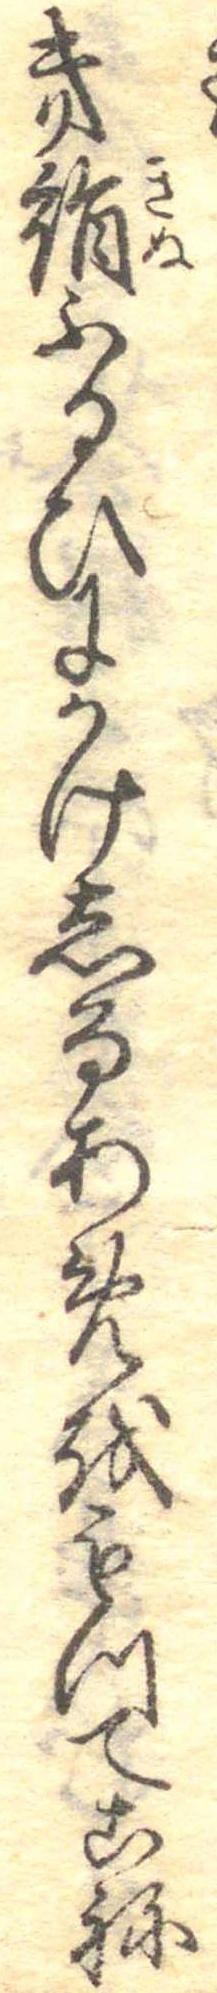
き絹ふるひにかけしるあめをもつてこね